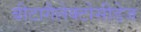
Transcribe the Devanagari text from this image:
बीटागैलेक्टोसीडेज